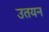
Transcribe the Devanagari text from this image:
उतयन